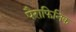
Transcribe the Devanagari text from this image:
पैराफिनिक